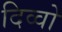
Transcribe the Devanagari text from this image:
दिव्वो